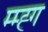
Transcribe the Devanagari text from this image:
म्म्ह्ग